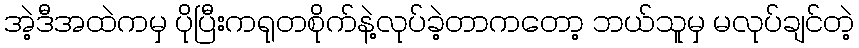
အဲ့ဒီအထဲကမှ ပိုပြီးကရုတစိုက်နဲ့လုပ်ခဲ့တာကတော့ ဘယ်သူမှ မလုပ်ချင်တဲ့